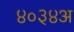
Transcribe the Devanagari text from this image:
४०३४अ